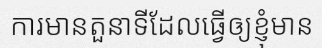
ការមានតួនាទីដែលធ្វើឲ្យខ្ញុំមាន